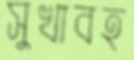
সুখাবহ